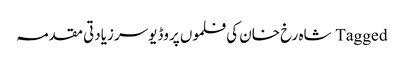
Tagged شاہ رخ خان کی فلموں پروڈیوسر زیادتی مقدمہ